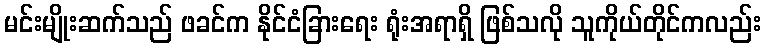
မင်းမျိုးဆက်သည် ဖခင်က နိုင်ငံခြားရေး ရုံးအရာရှိ ဖြစ်သလို သူကိုယ်တိုင်ကလည်း